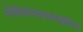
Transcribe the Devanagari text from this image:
पोलियोमायालाइटिस